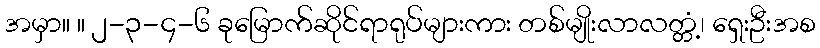
အမှာ။ ။ ၂-၃-၄-၆ ခုမြောက်ဆိုင်ရာရုပ်များကား တစ်မျိုးလာလတ္တံ့၊ ရှေးဦးအစ